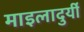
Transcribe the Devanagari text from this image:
माइलादुर्यी